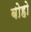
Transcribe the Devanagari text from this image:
बोहो